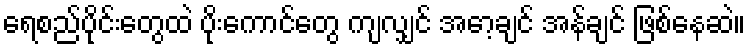
ရေစည်ပိုင်းတွေထဲ ပိုးကောင်တွေ ကျလျှင် အော့ချင် အန်ချင် ဖြစ်နေဆဲ။